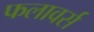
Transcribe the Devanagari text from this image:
फलावर्स